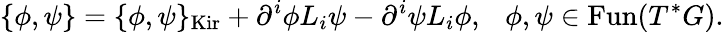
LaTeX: \{ \phi,\psi\} =\{ \phi,\psi\} _{\mathrm{Kir}}+\partial^{i}\phi L_{i}\psi-\partial^{i}\psi L_{i}\phi,~~~\phi,\psi\in\mathrm{Fun}(T^{*}G).